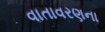
વાતાવરણના